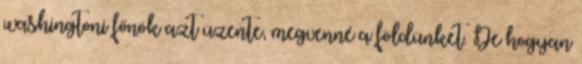
washingtoni főnök azt üzente, megvenné a földünket. De hogyan